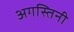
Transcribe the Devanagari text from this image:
अगस्तिनी